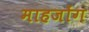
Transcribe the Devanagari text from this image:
माहजोंग